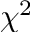
\chi ^ { 2 }